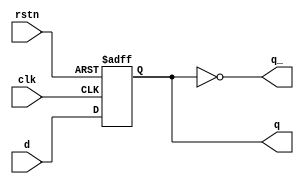
module dFlipFlop (input d,  
	input rstn,  
		input clk,  
		output reg q,
	output q_);

	assign q_ = !q;
		  
		always @ (posedge clk or posedge rstn)  begin
	if (rstn)  
	q <= 0;  
			else  
				q <= d;  
	end

endmodule